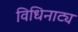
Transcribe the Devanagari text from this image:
विधिनाट्य